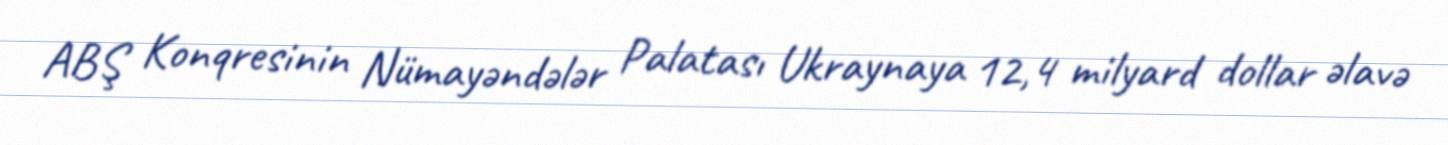
ABŞ Konqresinin Nümayəndələr Palatası Ukraynaya 12,4 milyard dollar əlavə